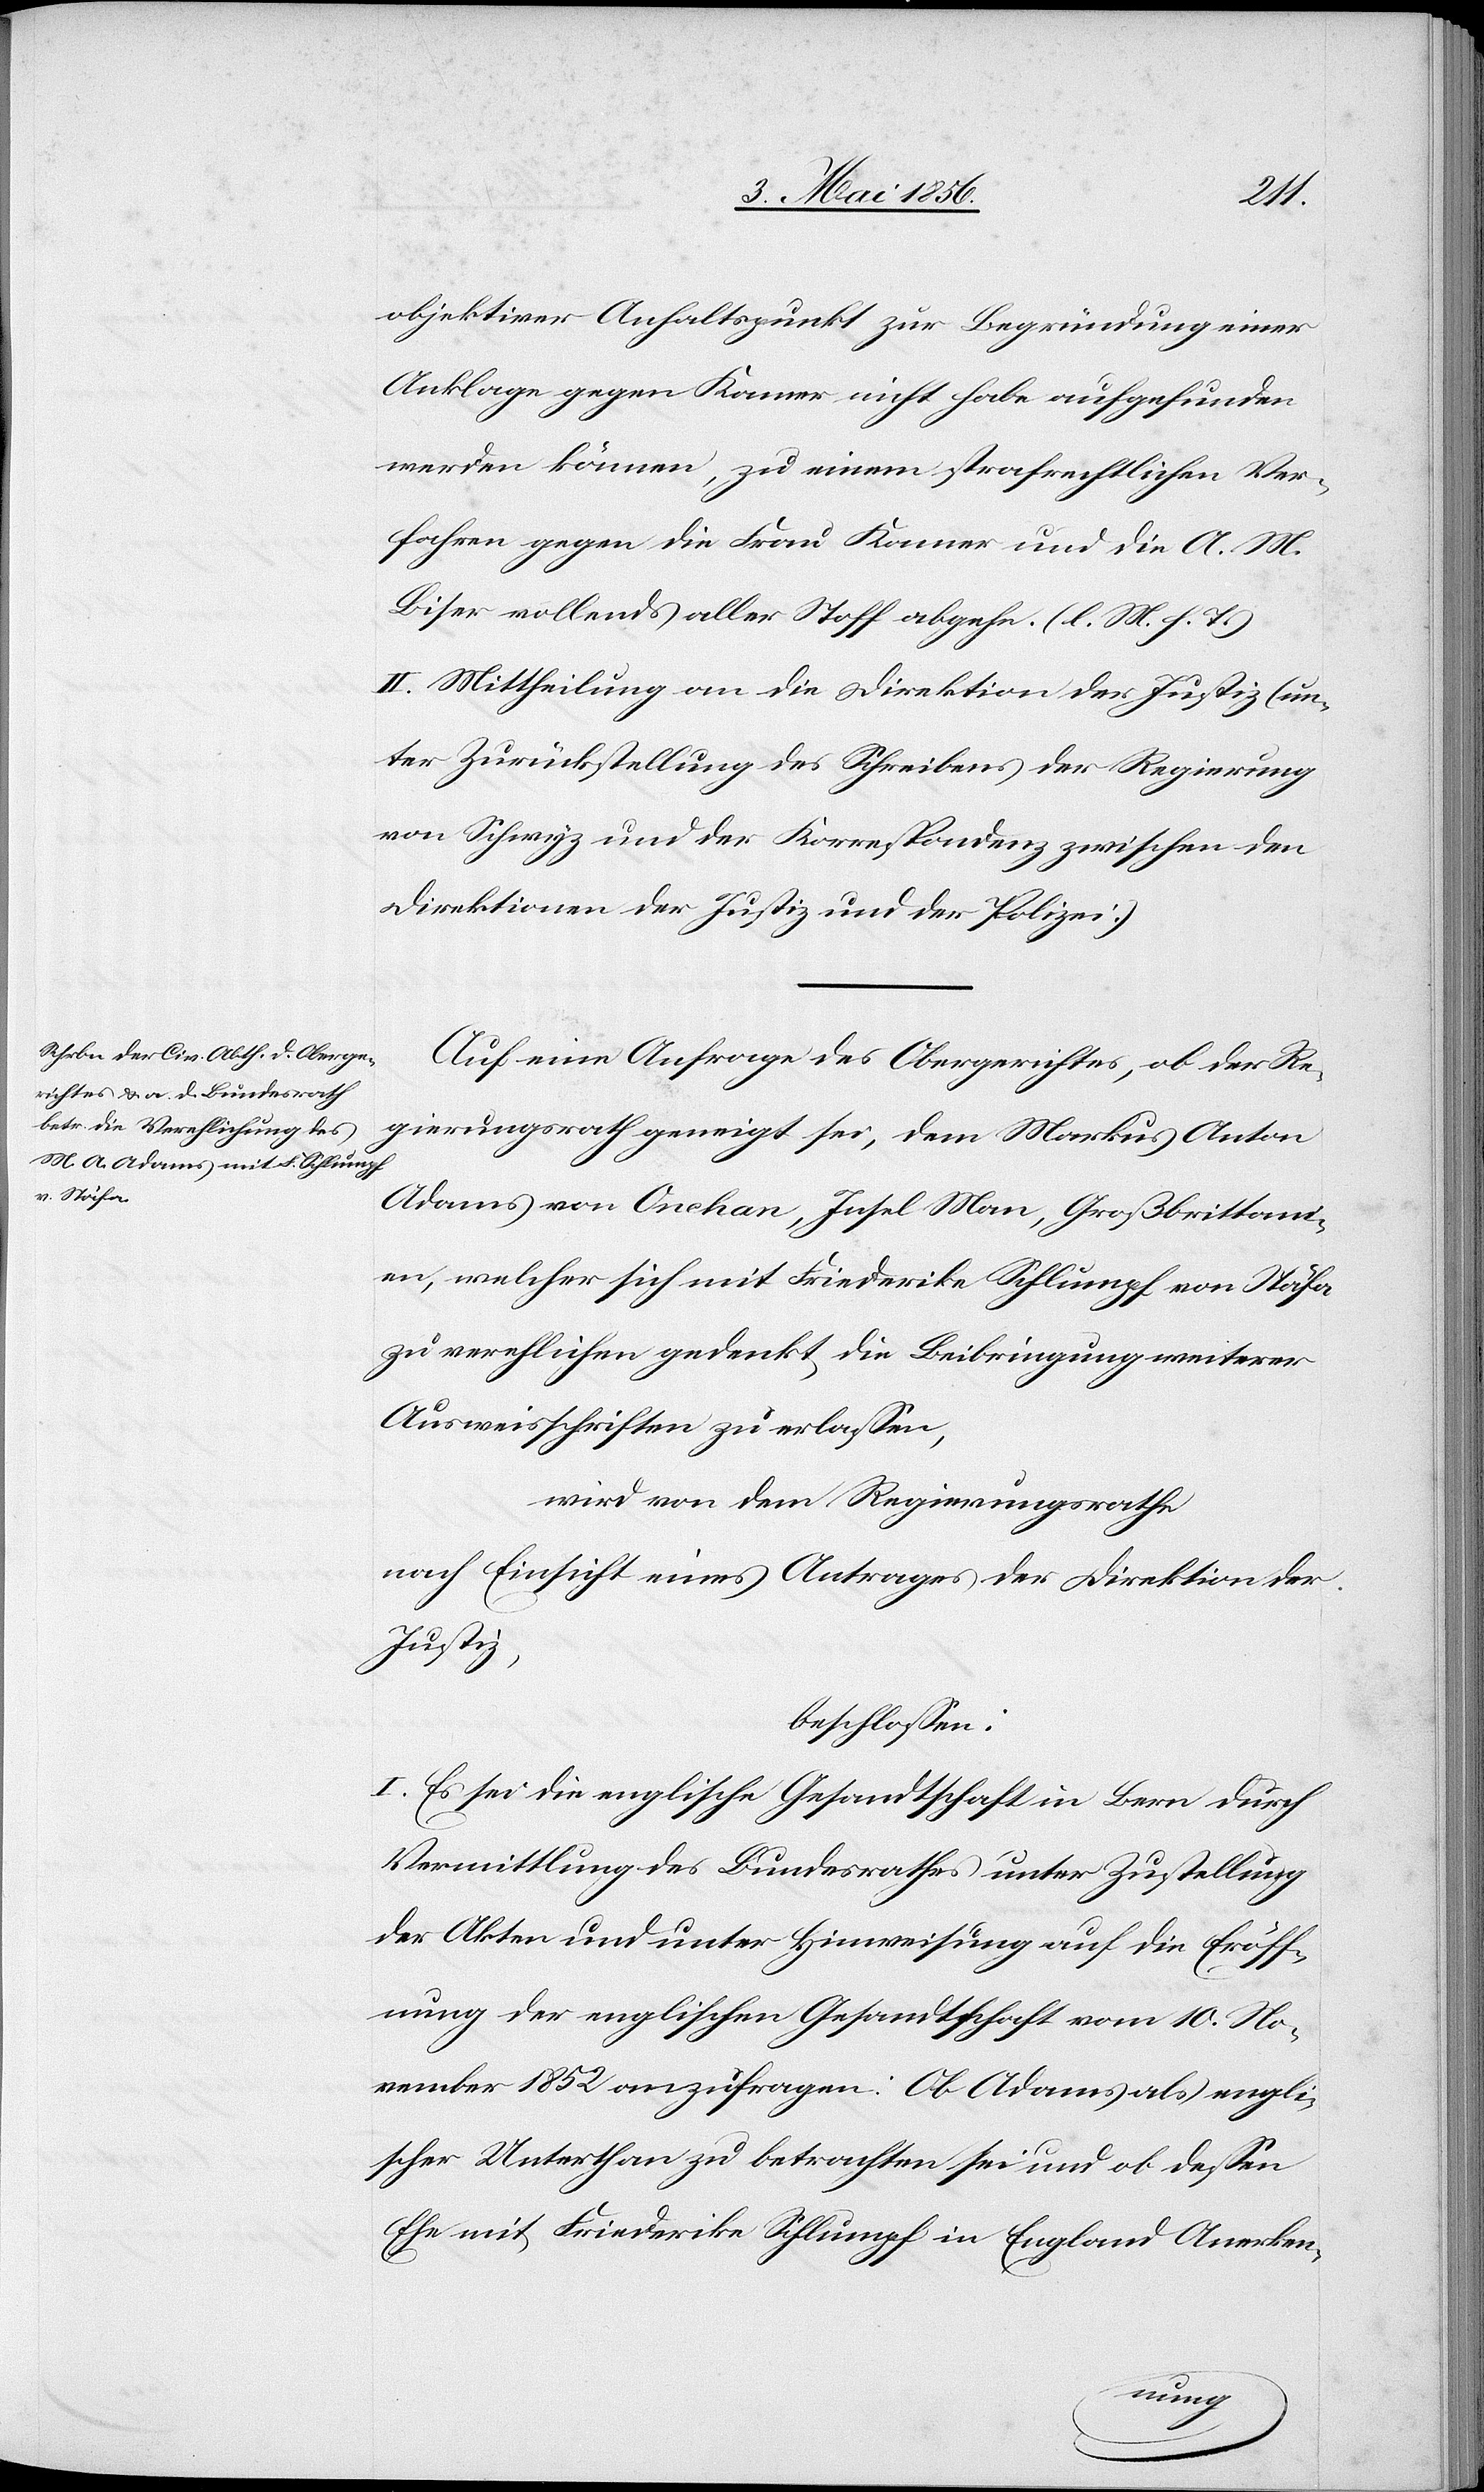
objektiver Anhaltspunkt zur Begründung einer
Anklage gegen Kamer nicht habe aufgefunden
werden können, zu einem strafrechtlichen Ver¬
fahren gegen die Frau Kamer und die A. M.
Biser vollends aller Stoff abgehe. (l. M. h. T.)
II. Mittheilung an die Direktion der Justiz (un¬
ter Zurückstellung des Schreibens der Regierung
von Schwyz und der Korrespondenz zwischen den
Direktionen der Justiz und der Polizei.)
Auf eine Anfrage des Obergerichtes, ob der Re¬
gierungsrath geneigt sei, dem Markus Anton
Adams von Onchan, Insel Man, Großbrittani¬
en, welcher sich mit Friederike Schlumpf von Stäfa
zu verehlichen gedenkt, die Beibringung weiterer
Ausweisschriften zu erlassen,
nach Einsicht eines Antrages der Direktion der
Justiz,
beschlossen:
I. Es sei die englische Gesandtschaft in Bern durch
Vermittlung des Bundesrathes unter Zustellung
der Akten und unter Hinweisung auf die Eröff¬
nung der englischen Gesandtschaft vom 10. No¬
vember 1852 anzufragen: Ob Adams als engli¬
scher Unterthan zu betrachten sei und ob dessen
Ehe mit Friederike Schlumpf in England Anerken-